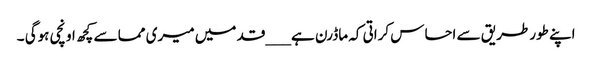
اپنے طورطریق سے احساس کراتی کہ ماڈرن ہے ___قد میں میری مما سے کچھ اونچی ہوگی ۔